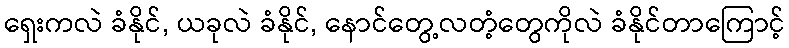
ရှေးကလဲ ခံနိုင်, ယခုလဲ ခံနိုင်, နောင်တွေ့လတံ့တွေကိုလဲ ခံနိုင်တာကြောင့်